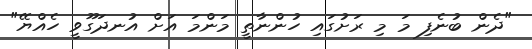
"ދެން ބުނެފި މަ މި ރަށުގައި ހުންނާތީ މަންމަ އަށް އުނދަގޫވީ ހެއްޔޭ"